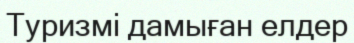
Туризмі дамыған елдер